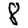
Digit: 8